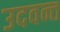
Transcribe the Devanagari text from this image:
उदवन्त